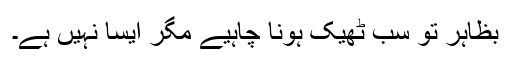
بظاہر تو سب ٹھیک ہونا چاہیے مگر ایسا نہیں ہے۔